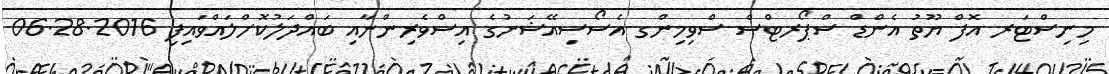
މިނިސްޓަރ އޮފް ޔޫތު އެންޑް ސްޕޯރޓްސް ސްވިމިންގ އެސޯސިއޭޝަނުގެ އިސްވެރިންނާއި ބައްދަލުކޮށްލައްވައިފި 06.28.2016